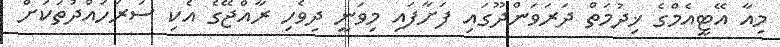
މިއާ އޭޓީއެމްގެ ޚިދުމަތް ދަރަވަންދޫގައި ފަށާފައި މިވަނީ ދިވެހި ރާއްޖޭގެ އެކި ސަރަހައްދުތަކަށް